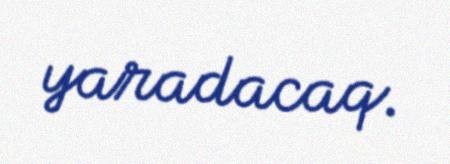
yaradacaq.